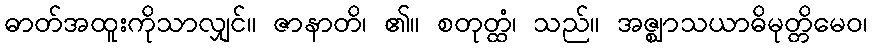
ဓာတ်အထူးကိုသာလျှင်။ ဇာနာတိ၊ ၏။ စတုတ္ထံ၊ သည်။ အဇ္ဈာသယာဓိမုတ္တိမေဝ၊